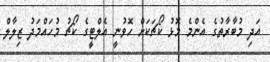
އަދި މުބާރާތުގެ އެންމެ މޮޅު ކޯޗަކަށް ހޮވުނީ އެލްޓީގެ ކޯޗު މުހައްމަދު ޒިލާލް